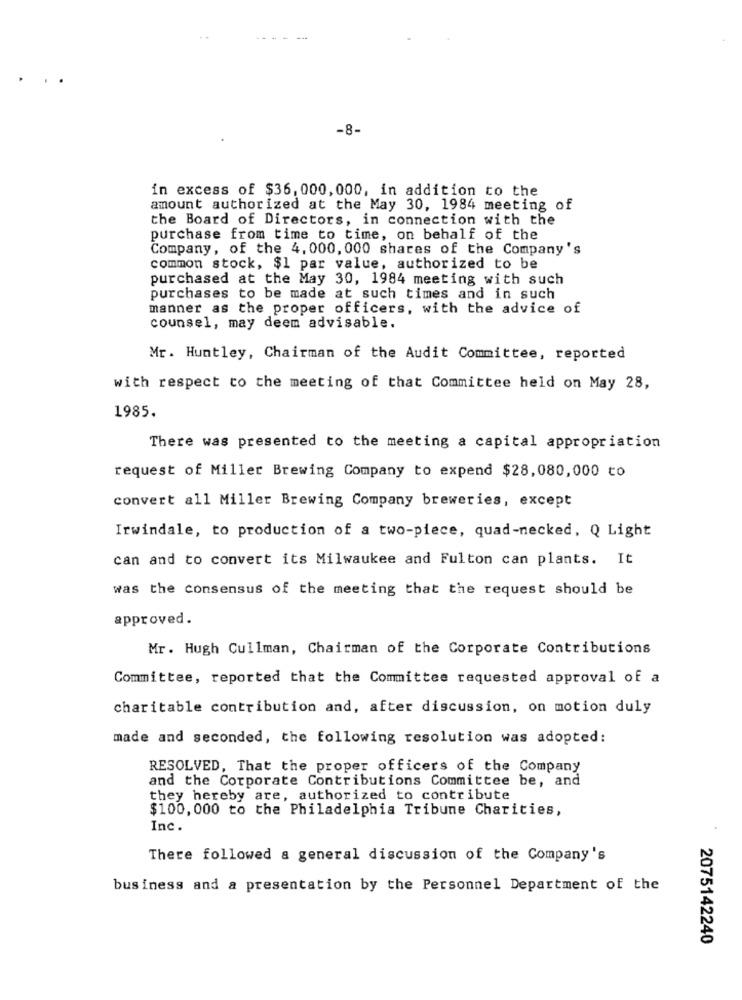
-8-
in excess of $36, 000, 000, in addition to the
amount authorized at the May 30, 1984 meeting of
the Board of Directors, in connection with the
purchase from time to time, on behalf of the
Company, of the 4, 000, 000 shares of the Company's
common stock, $1 par value, authorized to be
purchased at the May 30, 1984 meeting with such
purchases to be made at such times and in such
manner as the proper officers, with the advice of
counsel, may deem advisable.
Mr. Huntley, Chairman of the Audit Committee, reported
with respect to the meeting of that Committee held on May 28,
1985.
There was presented to the meeting a capital appropriation
request of Miller Brewing Company to expend $28,080,000 to
convert all Miller Brewing Company breweries, except
Irwindale, to production of a two-piece, quad-necked, Q Light
can and to convert its Milwaukee and Fulton can plants. It
was the consensus of the meeting that the request should be
approved.
Mr. Hugh Cullman, Chairman of the Corporate Contributions
Committee, reported that the Committee requested approval of a
charitable contribution and, after discussion, on motion duly
made and seconded, the following resolution was adopted:
RESOLVED, That the proper officers of the Company
and the Corporate Contributions Committee be, and
they hereby are, authorized to contribute
$100, 000 to the Philadelphia Tribune Charities,
Inc.
There followed a general discussion of the Company's
business and a presentation by the Personnel Department of the
2075142240